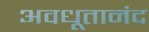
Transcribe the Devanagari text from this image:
अवधूतानंद